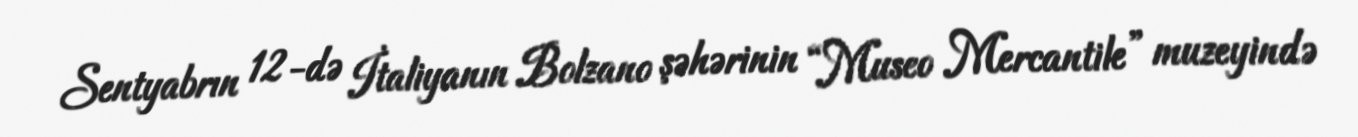
Sentyabrın 12-də İtaliyanın Bolzano şəhərinin “Museo Mercantile” muzeyində